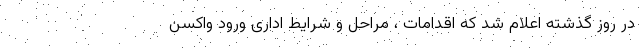
در روز گذشته اعلام شد که اقدامات ، مراحل و شرایط اداری ورود واکسن